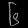
Digit: ၆